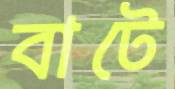
বাটে